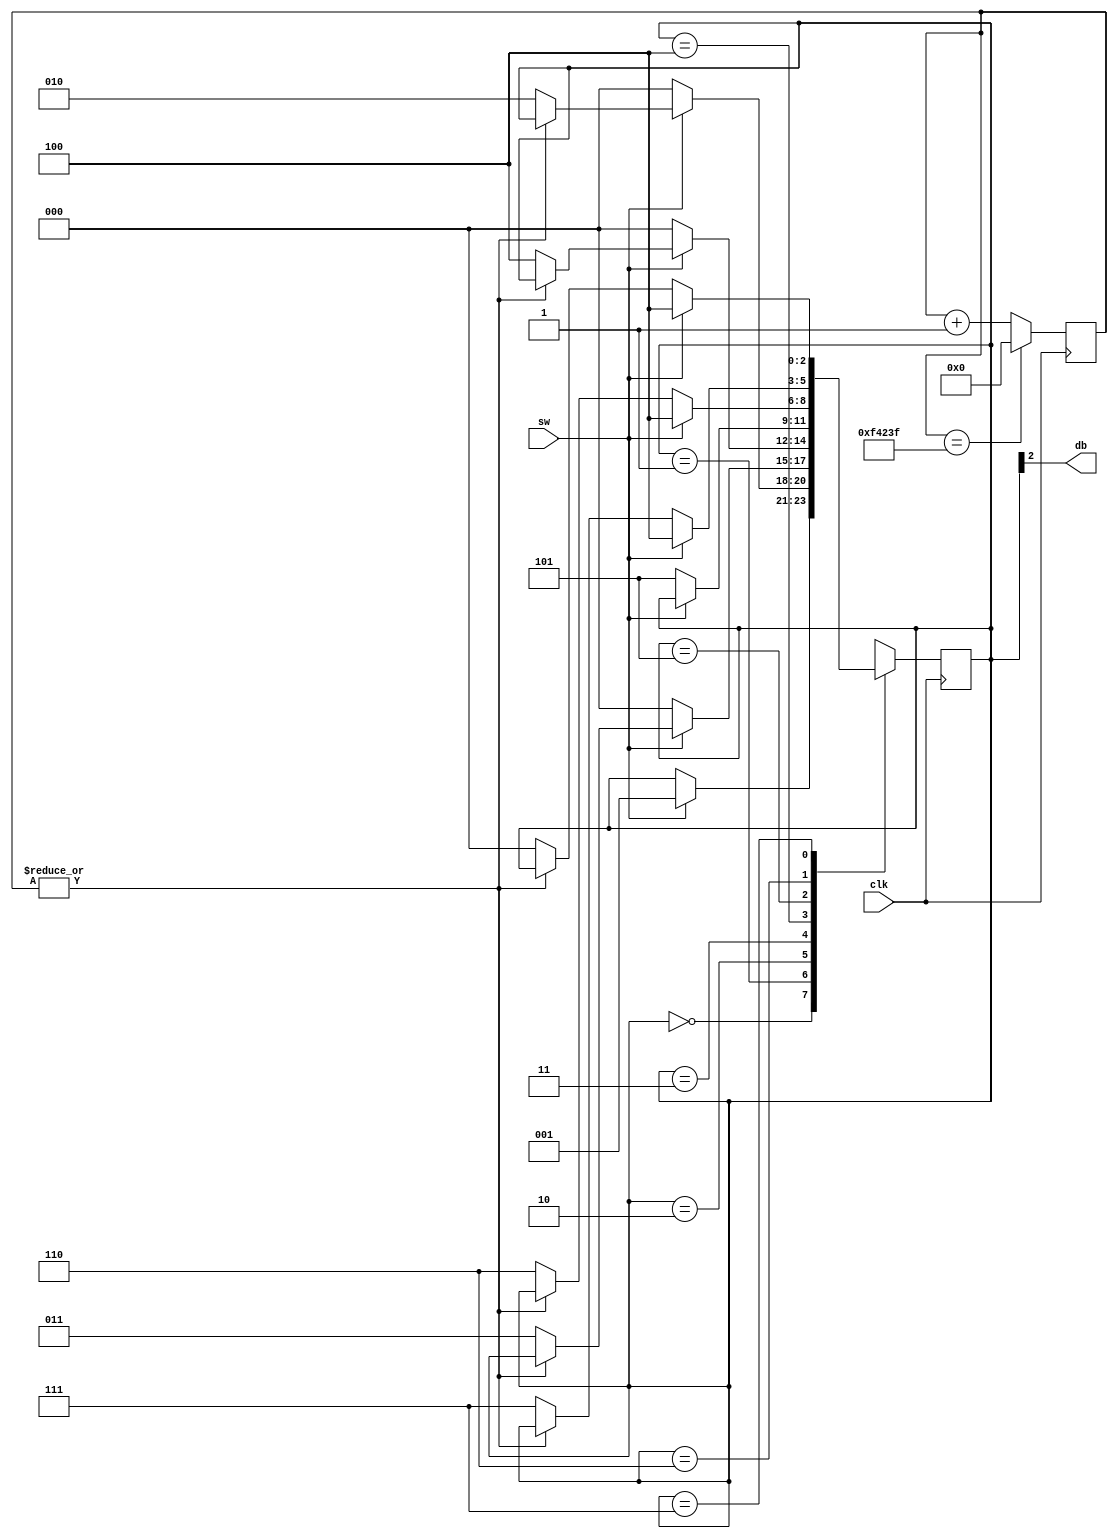
module debouncer(
        input clk,
        input sw,
        output db
    );
    
    // 10 ms tick generation
    reg [20:0] counter;
    always @(posedge clk)
        counter = (counter == 999999)? 0 : counter + 1;
    wire m_tick;
    assign m_tick = ~|counter;

    // state alias
    localparam [2:0] 
        zero    = 3'b000,
        wait1_1 = 3'b001,
        wait1_2 = 3'b010,
        wait1_3 = 3'b011,
        one     = 3'b100,
        wait0_1 = 3'b101,
        wait0_2 = 3'b110,
        wait0_3 = 3'b111;
    
    // state registers
    reg [2:0] state_reg;
    reg [2:0] state_next;

    // output
    assign db = state_reg[2];

    // state progression
    always @(posedge clk)
        state_reg <= state_next;
    
    // state behavior
    always @*
        begin
            state_next = state_reg;
            case (state_reg)
                zero:
                    if (sw)
                        state_next = wait1_1;
                wait1_1:
                    if (!sw)
                        state_next = zero;
                    else if (m_tick)
                        state_next = wait1_2;
                wait1_2:
                    if (!sw)
                        state_next = zero;
                    else if (m_tick)
                        state_next = wait1_3;
                wait1_3:
                    if (!sw)
                        state_next = zero;
                    else if (m_tick)
                        state_next = one;
                one:
                    if (!sw)
                        state_next = wait0_1;
                wait0_1:
                    if (sw)
                        state_next = one;
                    else if (m_tick)
                        state_next = wait0_2;
                wait0_2:
                    if (sw)
                        state_next = one;
                    else if (m_tick)
                        state_next = wait0_3;
                wait0_3:
                    if (sw)
                        state_next = one;
                    else if (m_tick)
                        state_next = zero;
                default:
                    state_next = zero;
            endcase
        end
endmodule